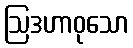
ဩဒဟာဝုသော